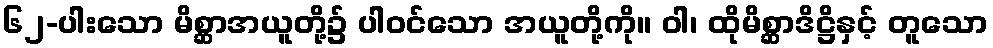
၆၂-ပါးသော မိစ္ဆာအယူတို့၌ ပါဝင်သော အယူတို့ကို။ ဝါ၊ ထိုမိစ္ဆာဒိဋ္ဌိနှင့် တူသော